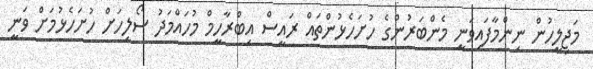
މަޖިލީހުން ނިންމާފައިވަނީ މެންބަރުންގެ ހުށަހެޅުންތައް ރައީސް އިބްރާހީމް މުހައްމަދު ސޯލިހަށް ހުށަހެޅުމަށް ވަނީ